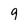
Character: 9